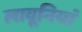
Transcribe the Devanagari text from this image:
लावूनियां